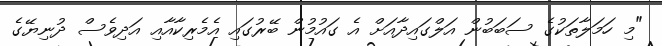
"މި ހަމަލާތަކުގެ ސަބަބުން އަލްގައިދާއަށް އެ ގައުމުން ބޭރުގައި އެމެރިކާއާއި އަދިވެސް ދުނިޔޭގެ